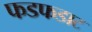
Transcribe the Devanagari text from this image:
फडफडाट